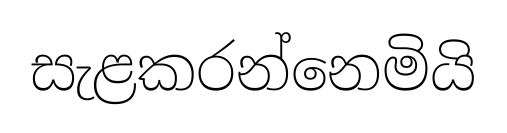
සැළකරන්නෙමියි